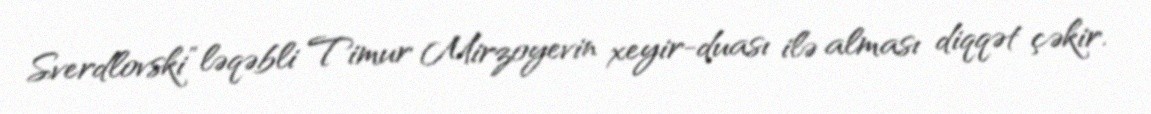
Sverdlovski” ləqəbli Timur Mirzoyevin xeyir-duası ilə alması diqqət çəkir.